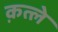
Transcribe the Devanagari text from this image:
क़त्ले